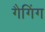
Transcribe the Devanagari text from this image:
गैगिंग